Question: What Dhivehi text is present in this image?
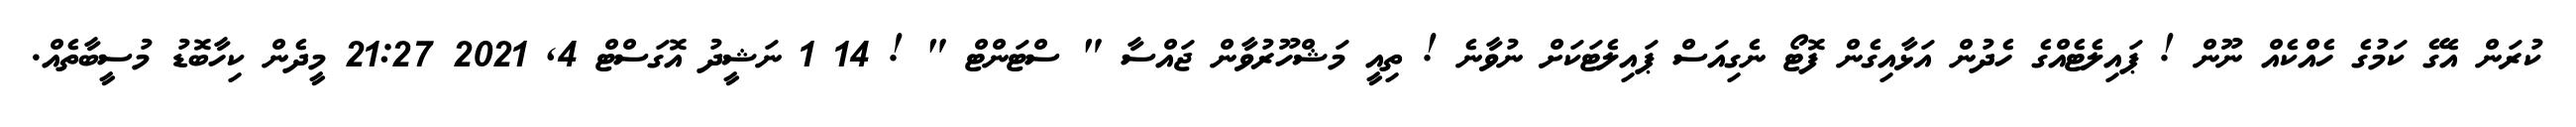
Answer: ކުރަން އެގޭ ކަމުގެ ހެއްކެއް ނޫން ! ޕައިލެޓެއްގެ ހެދުން އަޅާއިގެން ފޮޓޯ ނެގިއަސް ޕައިލެޓަކަށް ނުވާނެ ! ތިއީ މަޝްހޫރުވާން ޖައްސާ " ސްޓަންޓް " ! 14 1 ނަޝީދު އޮގަސްޓް 4, 2021 21:27 މީދެން ކިހާބޮޑު މުސީބާތެއް.